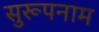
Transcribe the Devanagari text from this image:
सुरूपनाम